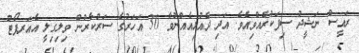
ރައީސް ނަޝީދު ސިފަކުރެއްވިއެވެ. އަދި ދެއުޅިއެއްނުވާ 30 އަހަރުގެ ސަރުކާރުން ވިލިގިލީ އެއަރޕޯޓު